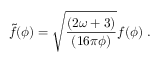
\tilde { f } ( \phi ) = \sqrt { \frac { \left( { 2 \omega + 3 } \right) } { \left( { 1 6 \pi \phi } \right) } } f ( \phi ) ~ .